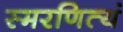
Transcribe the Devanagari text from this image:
स्मरणित्यं